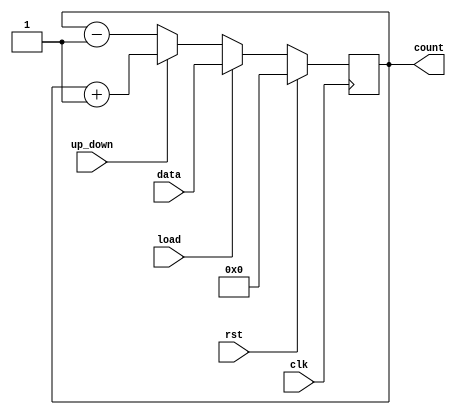
//module four_bit_syn_counter(input clk,rst,up_down,
//                                                                                                                output reg [3:0] count);
//  always@(posedge clk )begin
//  if(rst)
//    count <= 4'b0000;
//  else
//    if(up_down)
//     count <= count+1;
//    else
//      count <= count-1;
//  end
//endmodule

module four_bit_syn_counter(
                            input rst,clk,up_down,load,
                            output reg [3:0] count,
                            input [3:0] data
                            );
            always @(posedge clk)
                    begin if(rst)
                            count<=0;
                          else if(load)
                            count<=data;
                          else if(up_down)
                            count<=count+1;
                          else
                            count<=count-1;
                     end
                     


endmodule